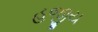
હજીય